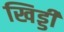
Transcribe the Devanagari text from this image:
खिड्डी